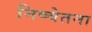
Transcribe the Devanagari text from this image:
निष्चेतना